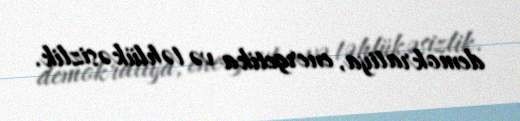
demokratiya, energetika və təhlükəsizlik.